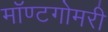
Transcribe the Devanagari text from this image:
मॉण्टगोमरी